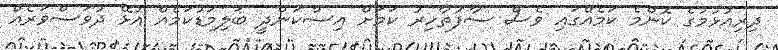
ދިރިއުޅުމުގެ ކޮންމެ ކަމެއްގައި ވެސް ސާފުތާހިރު ކަމަށް އިސްކަންދީ ބަލިމަޑުކަމެއް އުޅޭ ދުވަސްވަރެއް